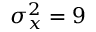
\sigma _ { x } ^ { 2 } = 9